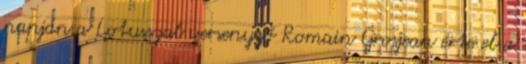
napján a Lotusszal versenyző Romain Grosjean érte el a